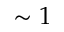
\sim 1